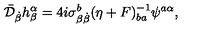
\bar { \cal D } _ { \dot { \beta } } h _ { \beta } ^ { \alpha } = 4 i \sigma _ { \beta { \dot { \beta } } } ^ { b } ( \eta + F ) _ { b a } ^ { - 1 } \psi ^ { a \alpha } ,